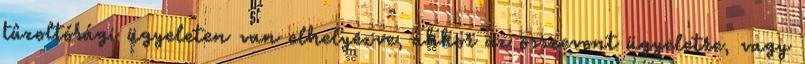
tûzoltósági ügyeleten van elhelyezve, akkor az összevont ügyeletre, vagy